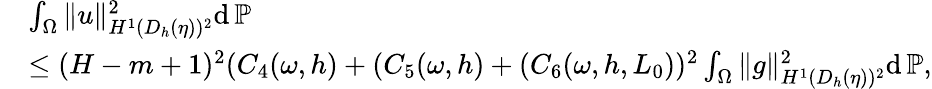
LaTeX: \begin{array}{rl}&{\int_{\Omega}\| u\| _{H^{1}(D_{h}(\eta))^{2}}^{2}\mathrm{d}\, \mathbb{P}}\\ &{\le(H-m+1)^{2}(C_{4}(\omega,h)+(C_{5}(\omega,h)+(C_{6}(\omega,h,L_{0}))^{2}\int_{\Omega}\| g\| _{H^{1}(D_{h}(\eta))^{2}}^{2}\mathrm{d}\, \mathbb{P},}\end{array}